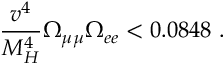
\frac { v ^ { 4 } } { M _ { H } ^ { 4 } } \Omega _ { \mu \mu } \Omega _ { e e } < 0 . 0 8 4 8 \ .